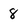
Character: 8